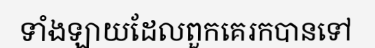
ទាំងឡាយដែលពួកគេរកបានទៅ